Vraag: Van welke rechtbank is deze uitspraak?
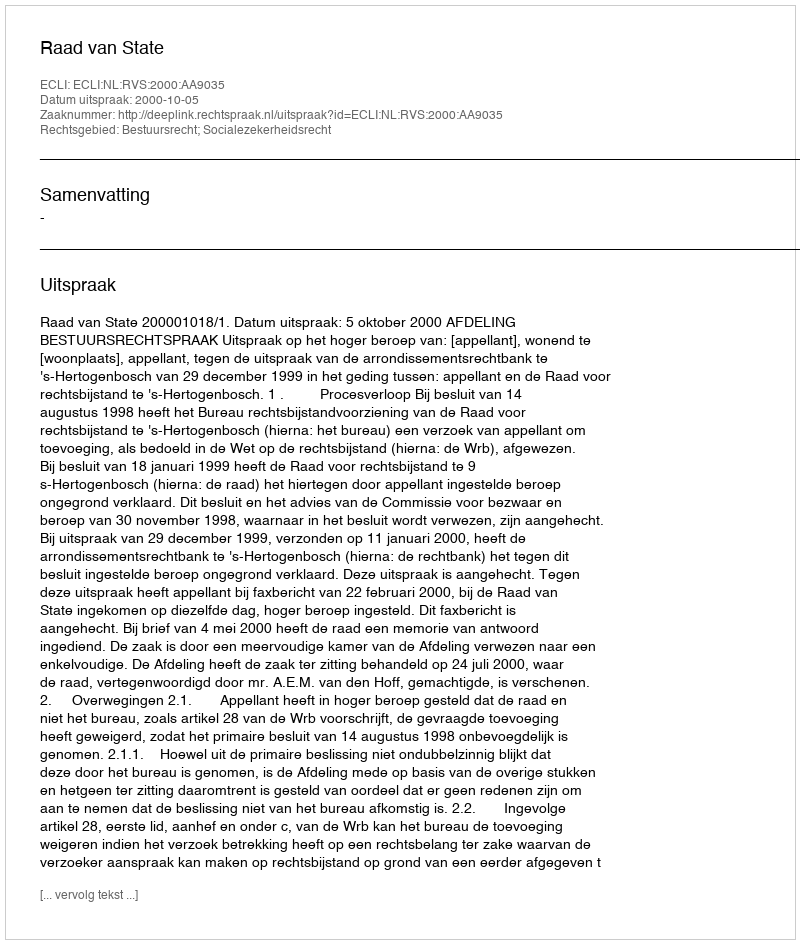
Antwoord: Raad van State